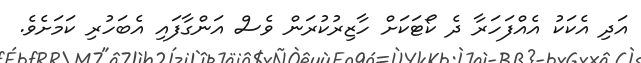
އަދި އެކަކު އެއްފަހަރާ ދެ ކޯޓަކަށް ހާޒިރުކުރަން ވެސް އަންގާފައި އެބަހުރި ކަމަށެވެ.